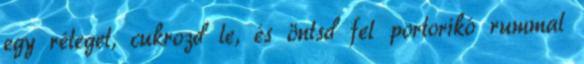
egy réteget, cukrozd le, és öntsd fel portorikó rummal